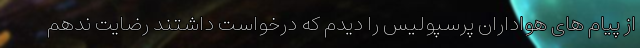
از پیام های هواداران پرسپولیس را دیدم که درخواست داشتند رضایت ندهم